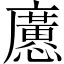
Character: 懬